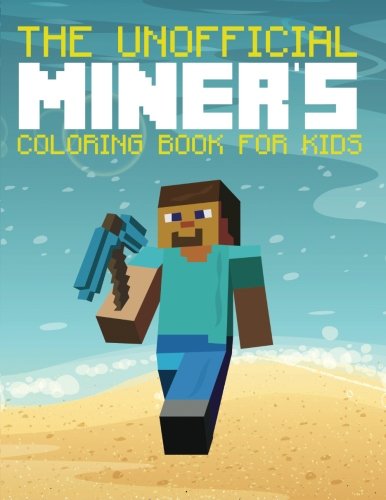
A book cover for The UnOfficial Miner's Coloring Book For Kids (The Blokehead Success Series); The Blokehead; Humor & Entertainment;